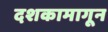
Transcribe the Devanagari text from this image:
दशकामागून